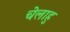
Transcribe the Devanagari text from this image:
चेलाहु